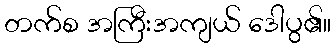
တက်စ အကြီးအကျယ် ဒေါပွ၏။